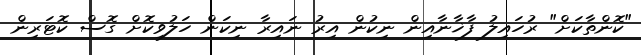
"ކޮންތާކަށް" ރުހައިލު ފާޚާނާއިން ނިކުން އިރު ނައިރާ ނިކަން ހަލުވިކޮށް ގޮސް ކޮޓަރިން